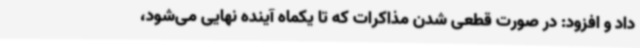
داد و افزود: در صورت قطعی شدن مذاکرات که تا یکماه آینده نهایی می‌شود،